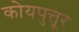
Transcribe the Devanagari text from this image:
कोयपुत्तूर